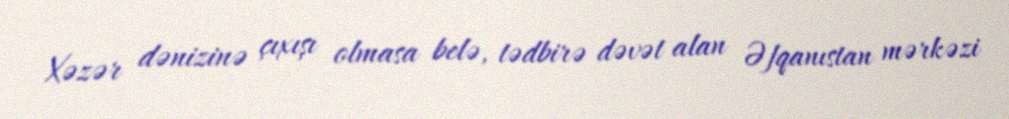
Xəzər dənizinə çıxışı olmasa belə, tədbirə dəvət alan Əfqanıstan mərkəzi